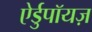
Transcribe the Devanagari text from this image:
ऐर्डुपॉयज़